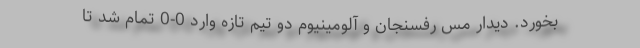
بخورد. دیدار مس رفسنجان و آلومینیوم دو تیم تازه وارد 0-0 تمام شد تا